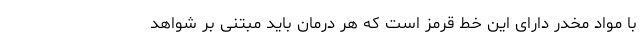
با مواد مخدر دارای این خط قرمز است که هر درمان باید مبتنی بر شواهد